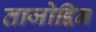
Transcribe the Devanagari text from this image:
ताजोद्दिन